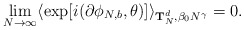
\begin{align*}\lim_{N \rightarrow \infty } \langle \exp [i(\partial \phi_{N,b} ,\theta )]\rangle_{{\bf T}_{N}^{d},\beta_{0} N^{\gamma }} = 0.\end{align*}